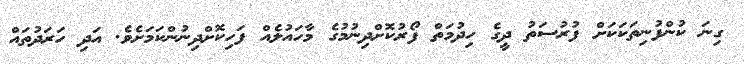
ގިނަ ކުންފުނިތަކަކަށް ފުރުސަތު ދީގެ ހިދުމަތް ފޯރުކޮށްދިނުމުގެ މާހައުލެއް ފަހިކޮށްދިނުންކަމަށެވެ. އަދި ހަރަދުތައް